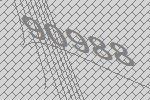
90988